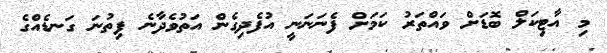
މި އާޓިކަލް ބޮޑަށް ވައްތަރު ކަމަށް ފެނަނަނީ އުފެދިގެން އަތުވެދާނެ ފިތުނަ ގަނޑެއްގެ